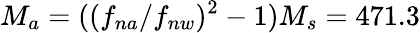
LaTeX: M_{a}=((f_{na}/f_{nw})^{2}-1)M_{s}=471.3